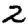
Digit: 2